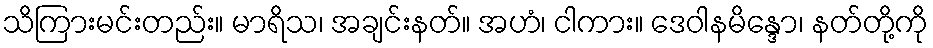
သိကြားမင်းတည်း။ မာရိသ၊ အချင်းနတ်။ အဟံ၊ ငါကား။ ဒေဝါနမိန္ဒော၊ နတ်တို့ကို